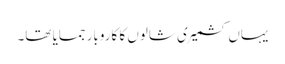
یہاں کشمیری شالوں کا کاروبار جمایا تھا۔